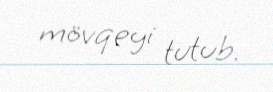
mövqeyi tutub.